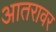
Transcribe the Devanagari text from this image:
आतरावर